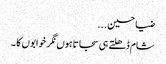
ضیا حسین ...
شام ڈھلتے ہی سجاتاہوں نگر خوابوں کا ۔